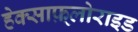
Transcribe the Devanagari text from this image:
हेक्साफ़्लोराइड